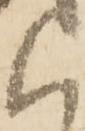
く